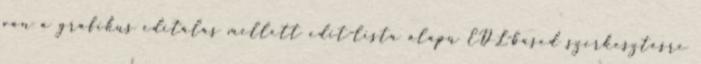
van a grafikus editálás mellett edit-lista alapú EDL-based szerkesztésre